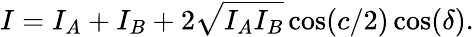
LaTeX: I=I_{A}+I_{B}+2\sqrt{I_{A}I_{B}}\cos(c/2)\cos(\delta).